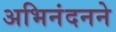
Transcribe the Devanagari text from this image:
अभिनंदनने